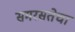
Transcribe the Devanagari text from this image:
समरसतेचा